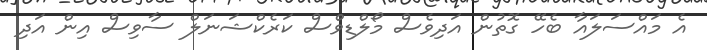
އެ މައްސަލައާ ބެހޭ ގޮތުން އަދިވެސް މޯލްޑިވްސް ކަރެކްޝަނަލް ސާވިސް އިން އަދި